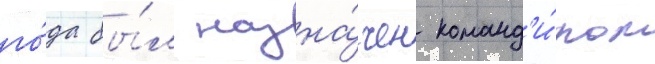
го́да бы́л назна́чен команд'и́ром